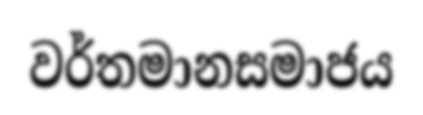
වර්තමානසමාජය